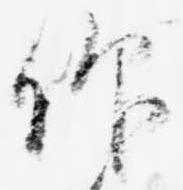
仰